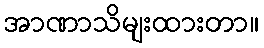
အာဏာသိမျးထားတာ။